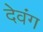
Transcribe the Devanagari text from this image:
देवंग